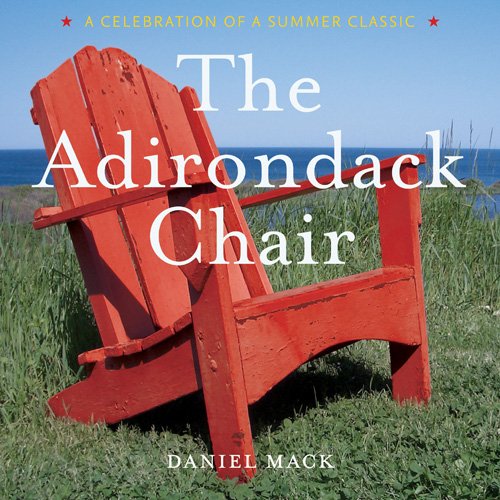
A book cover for The Adirondack Chair: A Celebration of a Summer Classic; Daniel Mack; Crafts, Hobbies & Home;